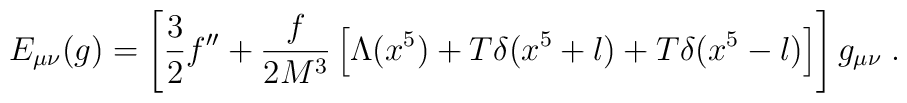
E_{\mu\nu}(g)=\left[ \frac{3}{2}f^{\prime\prime}+\frac{f}{2M^3}                       \left[ \Lambda(x^5)+T\delta(x^5+l)+T\delta(x^5-l)                       \right]                \right] g_{\mu\nu} \; .